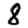
Digit: 8